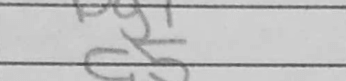
Transcription: a5